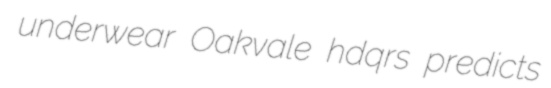
underwear Oakvale hdqrs predicts